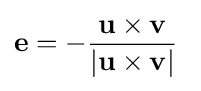
\mathbf {e} =-{\frac {\mathbf {u} \times \mathbf {v} }{|\mathbf {u} \times \mathbf {v} |}}~